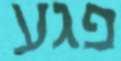
פגע